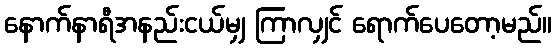
နောက်နာရီအနည်းငယ်မျှ ကြာလျှင် ရောက်ပေတော့မည်။